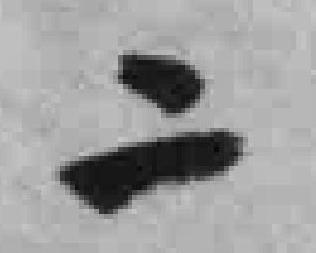
二